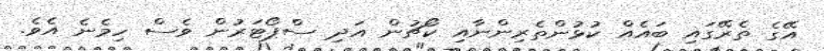
އޭގެ ތެރޭގައި ބައެއް ކުޅުންތެރިންނާއި ކޯޗުން އަދި ސްޕޯޓަރުން ވެސް ހިމެނެ އެވެ.